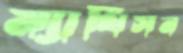
ম্যাথিসন